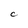
Character: C